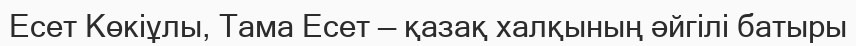
Есет Көкіұлы, Тама Есет — қазақ халқының әйгілі батыры